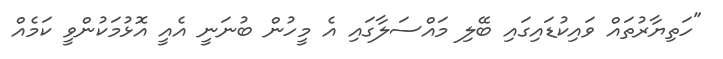
"ހަތިޔާރުތައް ވައިކުޑައިގައި ބޭލި މައްސަލާގައި އެ މީހުން ބުނަނީ އެއީ އޮޅުމަކުންވީ ކަމެއް